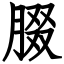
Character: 腏